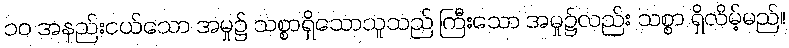
၁၀ အနည်းငယ်သော အမှု၌ သစ္စာရှိသောသူသည် ကြီးသော အမှု၌လည်း သစ္စာ ရှိလိမ့်မည်။